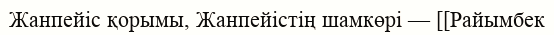
Жанпейіс қорымы, Жанпейістің шамкөрі — [[Райымбек